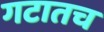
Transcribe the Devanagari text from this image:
गटातच